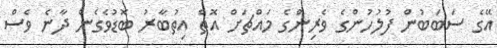
އޭގެ ސަބަބުން ފުލުހުންގެ ވެރިންގެ މައްޗަށް އޮތް އިތުބާރު ބޮޑުވެގެން ދާނެ ވެސް